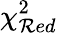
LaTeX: \chi_{\mathcal{R}ed}^{2}